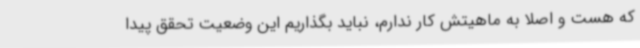
که هست و اصلاً به ماهیتش کار ندارم، نباید بگذاریم این وضعیت تحقق پیدا